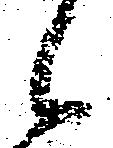
候